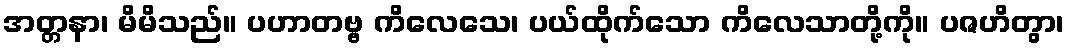
အတ္တနာ၊ မိမိသည်။ ပဟာတဗ္ဗ ကိလေသေ၊ ပယ်ထိုက်သော ကိလေသာတို့ကို။ ပဇဟိတွာ၊